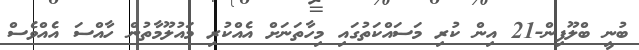
ބުނީ ބްލޫފިން-21 އިން ކުރި މަސައްކަތުގައި މިހާތަނަށް އެއްކުރި މައުލޫމާތުން ހާއްސަ އެއްވެސް